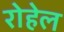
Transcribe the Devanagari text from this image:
रोहेल